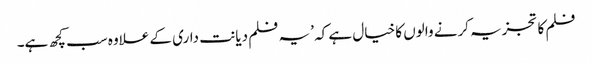
فلم کا تجزیہ کرنے والوں کا خیال ہے کہ ’یہ فلم دیانت داری کے علاوہ سب کچھ ہے۔